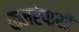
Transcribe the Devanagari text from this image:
कमरेपाशी